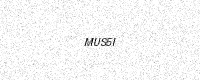
Text: MUS5I